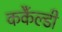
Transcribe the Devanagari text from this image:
कर्कैल्डी